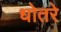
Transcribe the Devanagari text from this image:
धोतरे